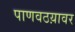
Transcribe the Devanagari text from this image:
पाणवठय़ावर